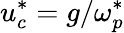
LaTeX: u_{c}^{*}=g/\omega_{p}^{*}